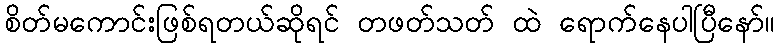
စိတ်မကောင်းဖြစ်ရတယ်ဆိုရင် တဖတ်သတ် ထဲ ရောက်နေပါပြီနော်။